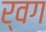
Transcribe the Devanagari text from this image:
र्वग